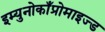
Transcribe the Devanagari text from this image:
इम्युनोकाँप्रोमाइज्ड